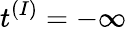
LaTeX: t^{(I)}=-\infty